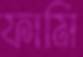
ফামি